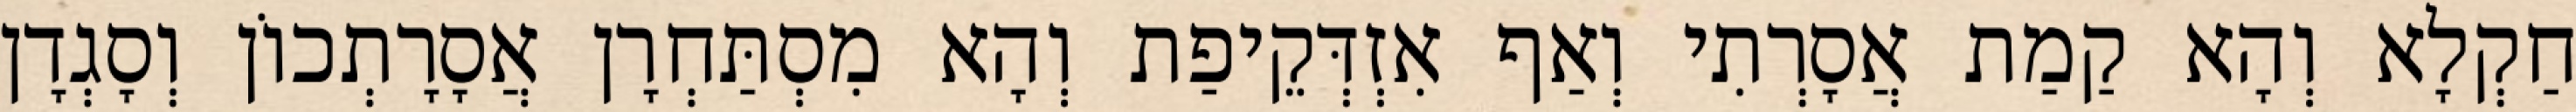
חַקְלָא וְהָא קַמַת אֲסָרְתִי וְאַף אִזְדְּקֵיפַת וְהָא מִסְתַּחְרָן אֲסָרָתְכוֹן וְסָגְדָן